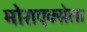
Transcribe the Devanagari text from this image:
मोराएक्सेला